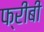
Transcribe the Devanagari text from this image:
फ्रीबी